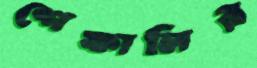
শেফালির